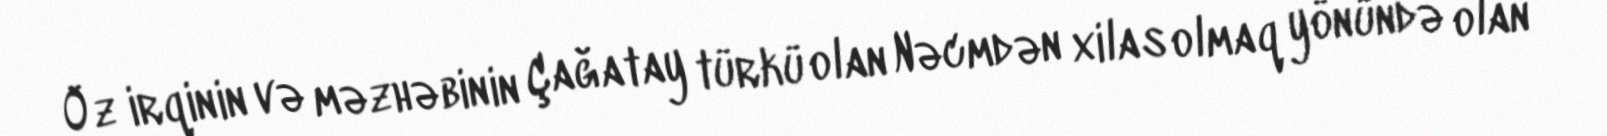
Öz irqinin və məzhəbinin Çağatay türkü olan Nəcmdən xilas olmaq yönündə olan